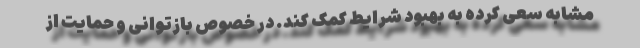
مشابه سعی کرده به بهبود شرایط کمک کند. در خصوص بازتوانی و حمایت از